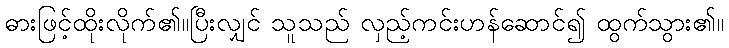
ဓားဖြင့်ထိုးလိုက်၏။ပြီးလျှင် သူသည် လှည့်ကင်းဟန်ဆောင်၍ ထွက်သွား၏။